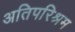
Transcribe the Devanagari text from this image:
अतिपरिश्रम